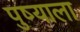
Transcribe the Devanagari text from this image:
पुष्याला